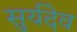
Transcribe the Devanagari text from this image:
सुर्यदेव